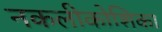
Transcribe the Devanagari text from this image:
नकलीकोशिका